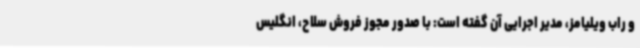
و راب ویلیامز، مدیر اجرایی آن گفته است: با صدور مجوز فروش سلاح، انگلیس